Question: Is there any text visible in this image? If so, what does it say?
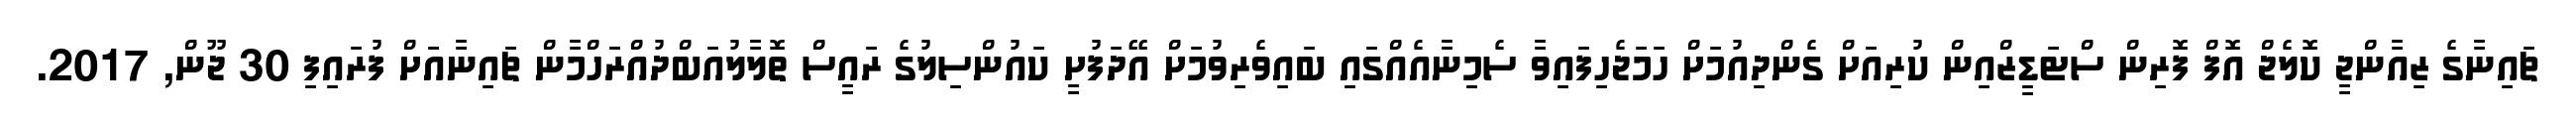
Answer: ޗައިނާގެ ޒިއާންޖީ ކޮލެޖް އޮފް ފޮރިން ސްޓަޑީޒްއިން ކުރިއަށް ގެންދިއުމަށް ހަމަޖެހިފައިވާ ސެމިނާއެއްގައި ބައިވެރިވުމަށް އޭދަފުށީ ކައުންސިލުގެ ރައީސް ތޮލާލުއަބްދުއްރަހްމާން ޗައިނާއަށް ފުރައިފި 30 ޖޫން, 2017.